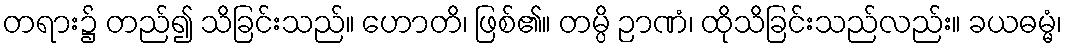
တရား၌ တည်၍ သိခြင်းသည်။ ဟောတိ၊ ဖြစ်၏။ တမ္ပိ ဉာဏံ၊ ထိုသိခြင်းသည်လည်း။ ခယဓမ္မံ၊